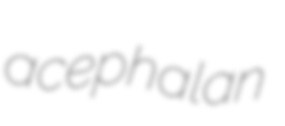
acephalan